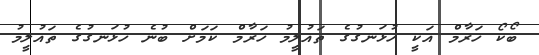
ބޯކޯ ހަރާމް އަކީ ހުޅަނގުގެ ތައުލީމު ހަރާމް ކަމަށް ބުނެ ހުޅަނގުގެ ތައުލީމު